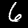
Label: 6